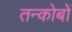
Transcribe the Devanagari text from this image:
तन्कोबों